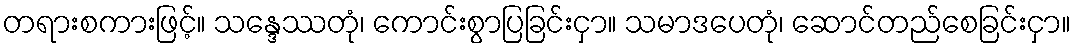
တရားစကားဖြင့်။ သန္ဒေဿတုံ၊ ကောင်းစွာပြခြင်းငှာ။ သမာဒပေတုံ၊ ဆောင်တည်စေခြင်းငှာ။